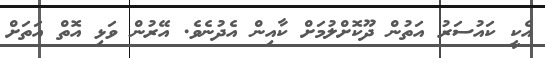
އެކީ ކައުސަރު އަތުން ދޫކޮށްލުމަށް ކާއިން އެދުނެވެ. އޭރުން ވަޅި އޮތް އަތަށް